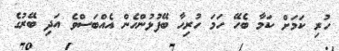
ހުރި ކަމަށް ކަމާ ބެހޭ ހަމަ ހުރިހާ ބޭފުޅުންހެން އެއްބަސްވެ އަދި ބޭރުގެ